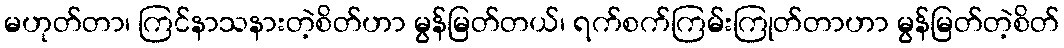
မဟုတ်တာ၊ ကြင်နာသနားတဲ့စိတ်ဟာ မွန်မြတ်တယ်၊ ရက်စက်ကြမ်းကြုတ်တာဟာ မွန်မြတ်တဲ့စိတ်